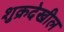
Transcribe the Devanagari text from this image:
शुक्रदेखील